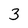
Character: 3